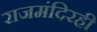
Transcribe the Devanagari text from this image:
राजमंदिरही